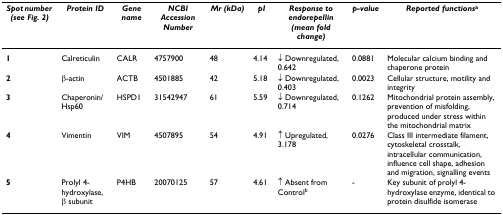
| Spot number (see Fig. 2) | Protein ID | Gene name | NCBI Accession Number | Mr (kDa) | pI | Response to endorepellin (mean fold change) | p-value | Reported functionsa |
 | --- | --- | --- | --- | --- | --- | --- | --- | --- |
 | 1 | Calreticulin | CALR | 4757900 | 48 | 4.14 | ↓ Downregulated, 0.642 | 0.0881 | Molecular calcium binding and chaperone protein |
 | 2 | β-actin | ACTB | 4501885 | 42 | 5.18 | ↓ Downregulated, 0.403 | 0.0023 | Cellular structure, motility and integrity |
 | 3 | Chaperonin/Hsp60 | HSPD1 | 31542947 | 61 | 5.59 | ↓ Downregulated, 0.714 | 0.1262 | Mitochondrial protein assembly, prevention of misfolding, produced under stress within the mitochondrial matrix |
 | 4 | Vimentin | VIM | 4507895 | 54 | 4.91 | ↑ Upregulated, 3.178 | 0.0276 | Class III intermediate filament, cytoskeletal crosstalk, intracellular communication, influence cell shape, adhesion and migration, signalling events |
 | 5 | Prolyl 4-hydroxylase, β subunit | P4HB | 20070125 | 57 | 4.61 | ↑ Absent from Controlb | - | Key subunit of prolyl 4-hydroxylase enzyme, identical to protein disulfide isomerase |